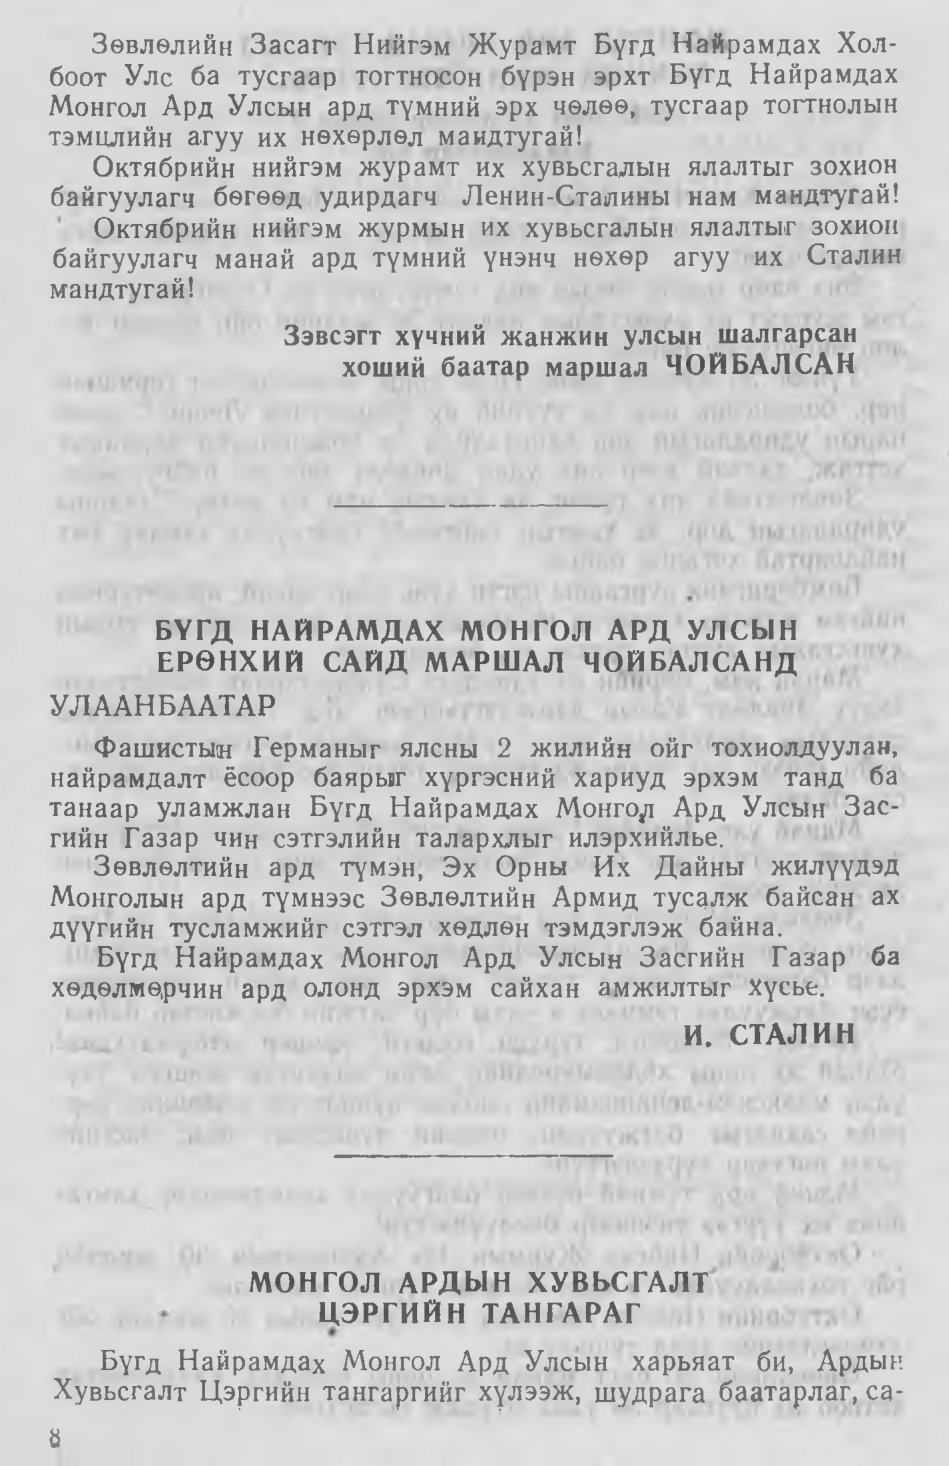
Language: mn